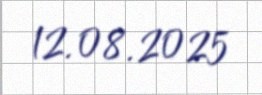
12.08.2025